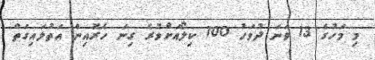
މި މަހުގެ 13 ވަނަ ދުވަހު 100 ކިލޯއަށްވުރެ ގިނަ ހެރޮއިން އަތުލައިގަތް